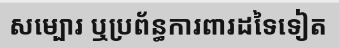
សម្បោរ ឬប្រព័ន្ធការពារដទៃទៀត